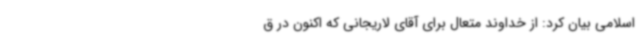
اسلامی بیان کرد: از خداوند متعال برای آقای لاریجانی که اکنون در ق